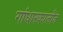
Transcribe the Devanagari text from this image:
गांधारकालीन